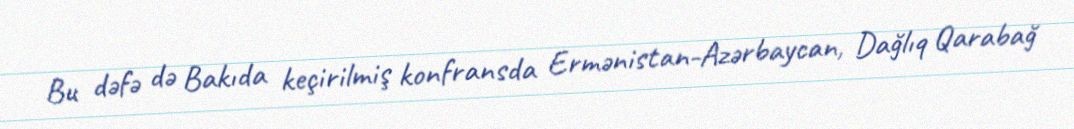
Bu dəfə də Bakıda keçirilmiş konfransda Ermənistan-Azərbaycan, Dağlıq Qarabağ